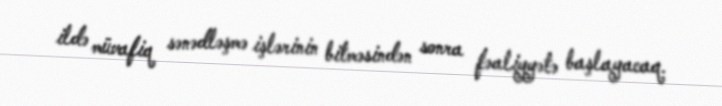
ildə müvafiq sənədləşmə işlərinin bitməsindən sonra fəaliyyətə başlayacaq.